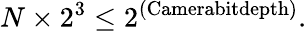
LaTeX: N\times 2^{3}\leq 2^{\textnormal{(Camerabitdepth)}}.